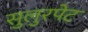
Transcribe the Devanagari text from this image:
सुलुरपेट